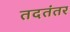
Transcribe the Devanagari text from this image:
तदतंतर